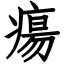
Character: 瘍